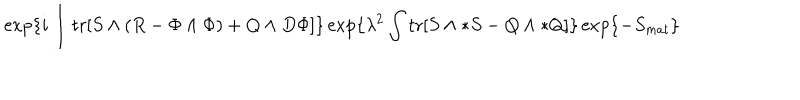
\exp \{ i \int \mathrm { t r } [ S \wedge ( R - \Phi \wedge \Phi ) + Q \wedge D \Phi ] \} \exp \{ \lambda ^ { 2 } \int \mathrm { t r } [ S \wedge * S - Q \wedge * Q ] \} \exp \{ - S _ { m a t } \} \label X